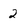
Character: 2